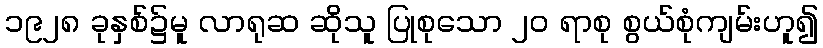
၁၉၂၈ ခုနှစ်၌မူ လာရုဆ ဆိုသူ ပြုစုသော ၂၀ ရာစု စွယ်စုံကျမ်းဟူ၍